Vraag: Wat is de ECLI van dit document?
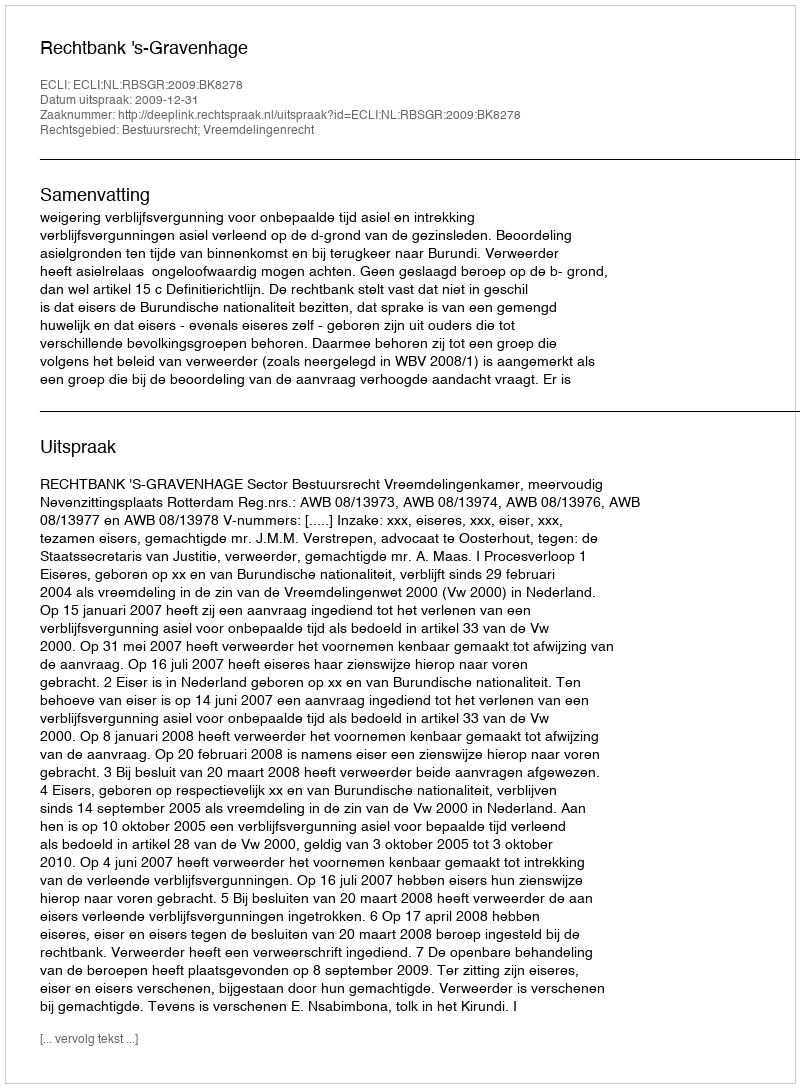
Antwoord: ECLI:NL:RBSGR:2009:BK8278